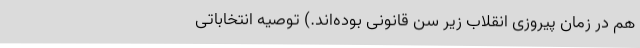
هم در زمان پیروزی انقلاب زیر سن قانونی بوده‌اند.) توصیه انتخاباتی